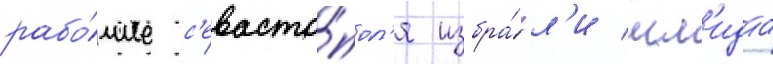
рабо́чие с'евасто́пол'я избра́л'и шм'идта